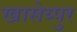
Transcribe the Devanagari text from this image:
खासेय्पुर